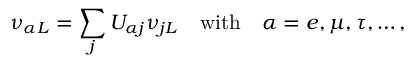
\nu _ { \alpha L } = \sum _ { j } U _ { \alpha j } \nu _ { j L } \quad \mathrm { w i t h } \quad \alpha = e , \mu , \tau , \ldots ,